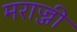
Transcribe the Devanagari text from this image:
मराज्जी